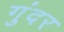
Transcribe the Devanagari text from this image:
गुंदर